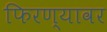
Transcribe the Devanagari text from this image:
फिरण्यावर